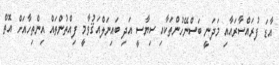
އާޑަ ފުރައްސާރައާއި މަދަނީ ބަސްނޭހުންތަކާއި ސިޔާސީ އަދި ބައިނަލްއަޤުވާމީ ފިއްތުންތައް އިންތިހާއަށް އޮތް